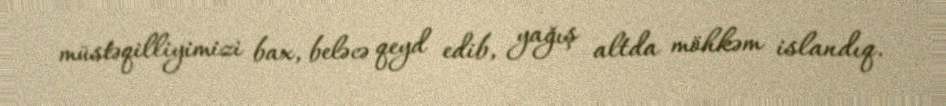
müstəqilliyimizi bax, beləcə qeyd edib, yağış altda möhkəm islandıq.